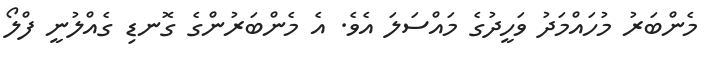
މެންބަރު މުހައްމަދު ވަހީދުގެ މައްސަލަ އެވެ. އެ މެންބަރުންގެ ގޮނޑި ގެއްލުނީ ފްލޯ